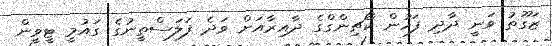
ޒަގޫތު ވަނީ ދާދި ފަހުން ކޯޗިންގްގެ ދާއިރާއަށް ވަދެ ފަލަސްތީނުގެ ގައުމީ ޓީވީން